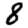
Digit: 8